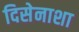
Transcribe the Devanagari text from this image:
दिसेनाशा